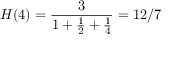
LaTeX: H ( 4 ) = { \frac { 3 } { 1 + { \frac { 1 } { 2 } } + { \frac { 1 } { 4 } } } } = 1 2 / 7